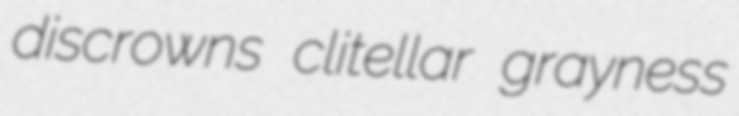
discrowns clitellar grayness